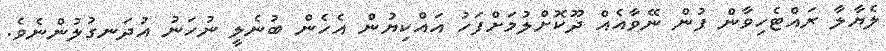
ލެޔާލާ ރައްޓެހިވާން ފުން ނޭވާއެއް ދޫކޮށްލުމަށްފަހު އައްކިޔުން އެހެން ބުނެލީ ނުހަނު އުދަނގުލުންނެވެ.